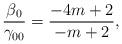
LaTeX: \begin{align*}{\beta_0 \over \gamma_{00}} = {-4m +2 \over -m +2},\end{align*}